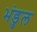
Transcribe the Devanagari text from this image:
भंडुल